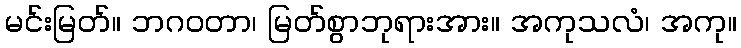
မင်းမြတ်။ ဘဂဝတာ၊ မြတ်စွာဘုရားအား။ အကုသလံ၊ အကု။